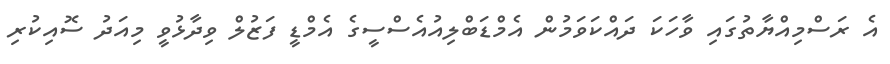
އެ ރަސްމިއްޔާތުގައި ވާހަކަ ދައްކަވަމުން އެމްޑަބްލިއުއެސްސީގެ އެމްޑީ ފަޒުލް ވިދާޅުވީ މިއަދު ސޮއިކުރި